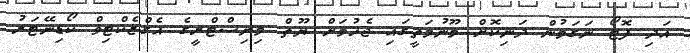
އަދި ފޮޓޯ ނަގަމުން ދަނިކޮށް މޫނުމަތީގައި ޖެހުމަށް ޔޫތް މިނިސްޓްރީގެ އެގްޒެކްޓިވް ކޯޑިނޭޓަރު